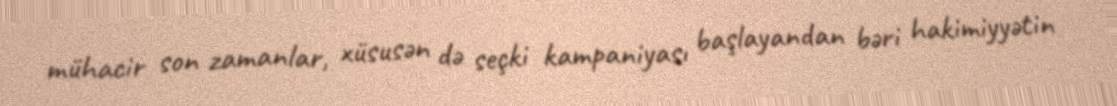
mühacir son zamanlar, xüsusən də seçki kampaniyası başlayandan bəri hakimiyyətin